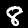
Label: 8